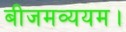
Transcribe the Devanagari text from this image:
बीजमव्ययम।